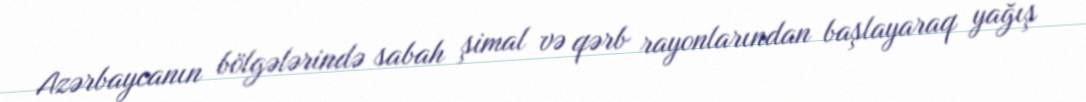
Azərbaycanın bölgələrində sabah şimal və qərb rayonlarından başlayaraq yağış